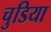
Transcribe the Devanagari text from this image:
चुडिया